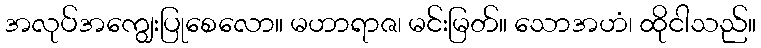
အလုပ်အကျွေးပြုစေလော။ မဟာရာဇ၊ မင်းမြတ်။ သောအဟံ၊ ထိုငါသည်။